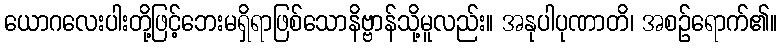
ယောဂလေးပါးတို့ဖြင့်ဘေးမရှိရာဖြစ်သောနိဗ္ဗာန်သို့မူလည်း။ အနုပါပုဏာတိ၊ အစဉ်ရောက်၏။